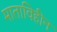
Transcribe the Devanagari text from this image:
माताविहीन